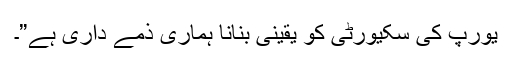
یورپ کی سکیورٹی کو یقینی بنانا ہماری ذمّے داری ہے”۔